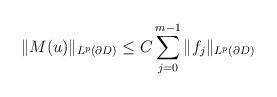
LaTeX: \begin{align*}\|M(u)\|_{L^{p}(\partial D)}\leq C\sum_{j=0}^{m-1}\|f_{j}\|_{L^{p}(\partial D)}\end{align*}